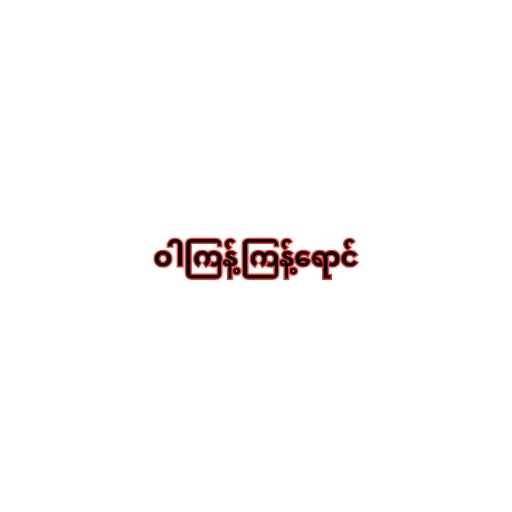
ဝါကြန့်ကြန့်ရောင်